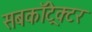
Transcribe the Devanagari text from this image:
सबकॉट्रेक्टर